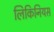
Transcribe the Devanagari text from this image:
लिकिनियस